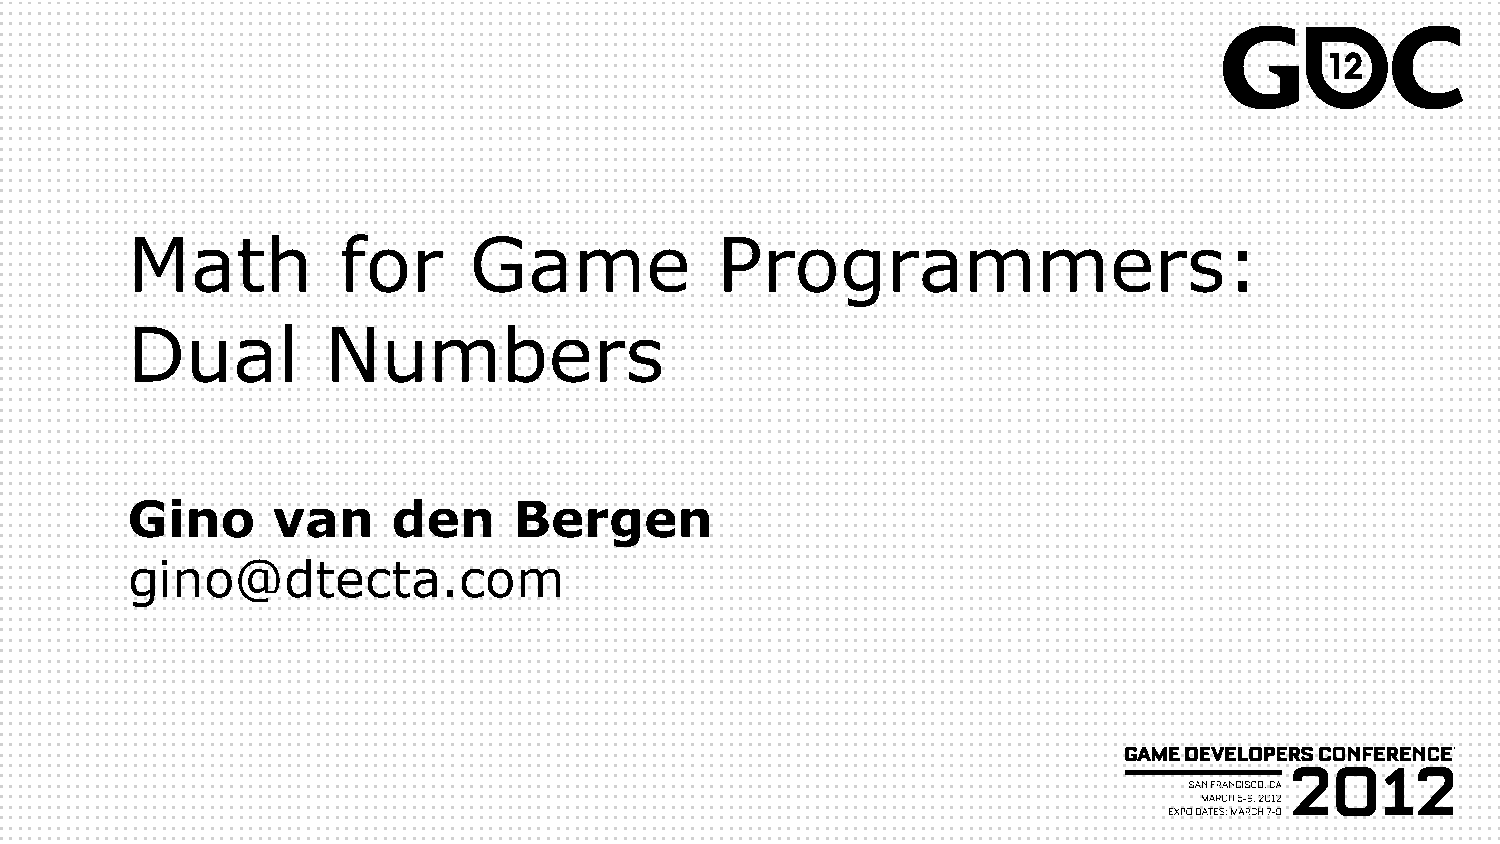
Math          for      Game            Programmers:
 Dual          Numbers
 Gino      van     den     Bergen
 gino@dtecta.com